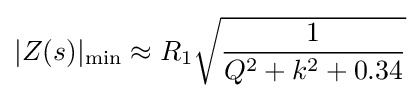
|Z(s)|_{\text{min}}\approx R_{1}{\sqrt {\frac {1}{Q^{2}+k^{2}+0.34}}}